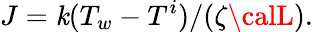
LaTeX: J={\mathit{k}(T_{w}-T^{i})}/({\zeta{\calL}}).